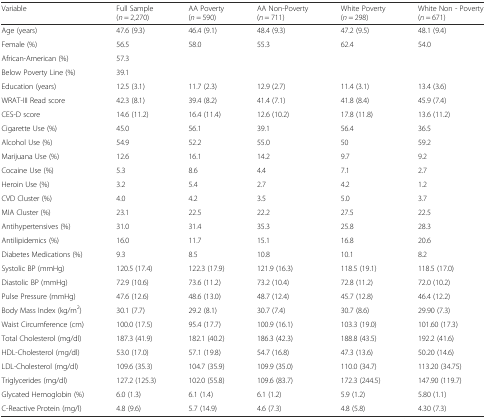
<table><thead><tr><td><b>Variable</b></td><td><b>Full Sample (<i>n</i> = 2,270)</b></td><td><b>AA Poverty (<i>n</i> = 590)</b></td><td><b>AA Non-Poverty (<i>n</i> = 711)</b></td><td><b>White Poverty (<i>n</i> = 298)</b></td><td><b>White Non - Poverty (<i>n</i> = 671)</b></td></tr></thead><tbody><tr><td>Age (years)</td><td>47.6 (9.3)</td><td>46.4 (9.1)</td><td>48.4 (9.3)</td><td>47.2 (9.5)</td><td>48.1 (9.4)</td></tr><tr><td>Female (%)</td><td>56.5</td><td>58.0</td><td>55.3</td><td>62.4</td><td>54.0</td></tr><tr><td>African-American (%)</td><td>57.3</td><td></td><td></td><td></td><td></td></tr><tr><td>Below Poverty Line (%)</td><td>39.1</td><td></td><td></td><td></td><td></td></tr><tr><td>Education (years)</td><td>12.5 (3.1)</td><td>11.7 (2.3)</td><td>12.9 (2.7)</td><td>11.4 (3.1)</td><td>13.4 (3.6)</td></tr><tr><td>WRAT-III Read score</td><td>42.3 (8.1)</td><td>39.4 (8.2)</td><td>41.4 (7.1)</td><td>41.8 (8.4)</td><td>45.9 (7.4)</td></tr><tr><td>CES-D score</td><td>14.6 (11.2)</td><td>16.4 (11.4)</td><td>12.6 (10.2)</td><td>17.8 (11.8)</td><td>13.6 (11.2)</td></tr><tr><td>Cigarette Use (%)</td><td>45.0</td><td>56.1</td><td>39.1</td><td>56.4</td><td>36.5</td></tr><tr><td>Alcohol Use (%)</td><td>54.9</td><td>52.2</td><td>55.0</td><td>50</td><td>59.2</td></tr><tr><td>Marijuana Use (%)</td><td>12.6</td><td>16.1</td><td>14.2</td><td>9.7</td><td>9.2</td></tr><tr><td>Cocaine Use (%)</td><td>5.3</td><td>8.6</td><td>4.4</td><td>7.1</td><td>2.7</td></tr><tr><td>Heroin Use (%)</td><td>3.2</td><td>5.4</td><td>2.7</td><td>4.2</td><td>1.2</td></tr><tr><td>CVD Cluster (%)</td><td>4.0</td><td>4.2</td><td>3.5</td><td>5.0</td><td>3.7</td></tr><tr><td>MIA Cluster (%)</td><td>23.1</td><td>22.5</td><td>22.2</td><td>27.5</td><td>22.5</td></tr><tr><td>Antihypertensives (%)</td><td>31.0</td><td>31.4</td><td>35.3</td><td>25.8</td><td>28.3</td></tr><tr><td>Antilipidemics (%)</td><td>16.0</td><td>11.7</td><td>15.1</td><td>16.8</td><td>20.6</td></tr><tr><td>Diabetes Medications (%)</td><td>9.3</td><td>8.5</td><td>10.8</td><td>10.1</td><td>8.2</td></tr><tr><td>Systolic BP (mmHg)</td><td>120.5 (17.4)</td><td>122.3 (17.9)</td><td>121.9 (16.3)</td><td>118.5 (19.1)</td><td>118.5 (17.0)</td></tr><tr><td>Diastolic BP (mmHg)</td><td>72.9 (10.6)</td><td>73.6 (11.2)</td><td>73.2 (10.4)</td><td>72.8 (11.2)</td><td>72.0 (10.2)</td></tr><tr><td>Pulse Pressure (mmHg)</td><td>47.6 (12.6)</td><td>48.6 (13.0)</td><td>48.7 (12.4)</td><td>45.7 (12.8)</td><td>46.4 (12.2)</td></tr><tr><td>Body Mass Index (kg/m<sup>2</sup>)</td><td>30.1 (7.7)</td><td>29.2 (8.1)</td><td>30.7 (7.4)</td><td>30.7 (8.6)</td><td>29.90 (7.3)</td></tr><tr><td>Waist Circumference (cm)</td><td>100.0 (17.5)</td><td>95.4 (17.7)</td><td>100.9 (16.1)</td><td>103.3 (19.0)</td><td>101.60 (17.3)</td></tr><tr><td>Total Cholesterol (mg/dl)</td><td>187.3 (41.9)</td><td>182.1 (40.2)</td><td>186.3 (42.3)</td><td>188.8 (43.5)</td><td>192.2 (41.6)</td></tr><tr><td>HDL-Cholesterol (mg/dl)</td><td>53.0 (17.0)</td><td>57.1 (19.8)</td><td>54.7 (16.8)</td><td>47.3 (13.6)</td><td>50.20 (14.6)</td></tr><tr><td>LDL-Cholesterol (mg/dl)</td><td>109.6 (35.3)</td><td>104.7 (35.9)</td><td>109.9 (35.0)</td><td>110.0 (34.7)</td><td>113.20 (34.75)</td></tr><tr><td>Triglycerides (mg/dl)</td><td>127.2 (125.3)</td><td>102.0 (55.8)</td><td>109.6 (83.7)</td><td>172.3 (244.5)</td><td>147.90 (119.7)</td></tr><tr><td>Glycated Hemoglobin (%)</td><td>6.0 (1.3)</td><td>6.1 (1.4)</td><td>6.1 (1.2)</td><td>5.9 (1.2)</td><td>5.80 (1.1)</td></tr><tr><td>C-Reactive Protein (mg/l)</td><td>4.8 (9.6)</td><td>5.7 (14.9)</td><td>4.6 (7.3)</td><td>4.8 (5.8)</td><td>4.30 (7.3)</td></tr></tbody></table>